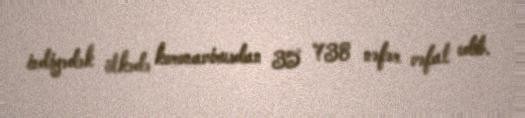
indiyədək ölkədə koronavirusdan 35 738 nəfər vəfat edib.